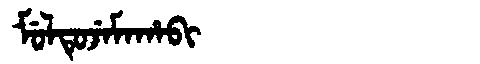
Manchu: ᠮᡠᠯᡨᡠᠵᡝᠮᠠᡥᠠᠪᡳ
Romanization: MULTUJEMAHABI